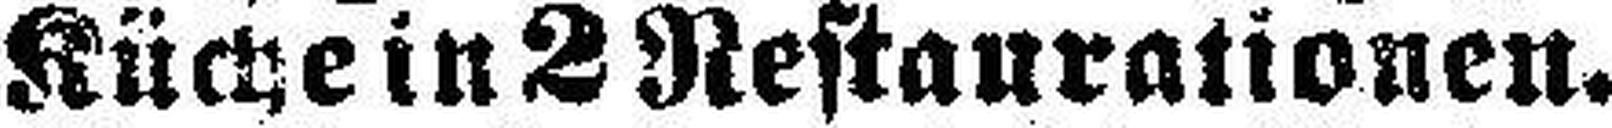
Küche in 2 Restaurationen.